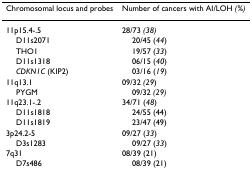
<table><thead><tr><td><b>Chromosomal locus and probes</b></td><td><b>Number of cancers with AI/LOH <i>(%)</i></b></td></tr></thead><tbody><tr><td>11p15.4-.5</td><td>28/73 <i>(38)</i></td></tr><tr><td> D11s2071</td><td> 20/45 (<i>44</i>)</td></tr><tr><td> THO1</td><td> 19/57 (<i>33</i>)</td></tr><tr><td> D11s1318</td><td> 06/15 (<i>40</i>)</td></tr><tr><td> <i>CDKN1C </i>(KIP2)</td><td> 03/16 (<i>19</i>)</td></tr><tr><td>11q13.1</td><td>09/32 <i>(29</i>)</td></tr><tr><td> PYGM</td><td> 09/32 <i>(29)</i></td></tr><tr><td>11q23.1-.2</td><td>34/71 (<i>48</i>)</td></tr><tr><td> D11s1818</td><td> 24/55 (44)</td></tr><tr><td> D11s1819</td><td> 23/47 (49)</td></tr><tr><td>3p24.2-5</td><td>09/27 (<i>33</i>)</td></tr><tr><td> D3s1283</td><td> 09/27 (<i>33</i>)</td></tr><tr><td>7q31</td><td>08/39 (21)</td></tr><tr><td> D7s486</td><td> 08/39 (21)</td></tr></tbody></table>